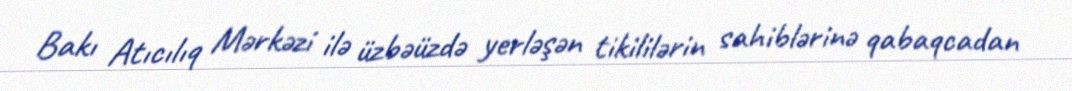
Bakı Atıcılıq Mərkəzi ilə üzbəüzdə yerləşən tikililərin sahiblərinə qabaqcadan